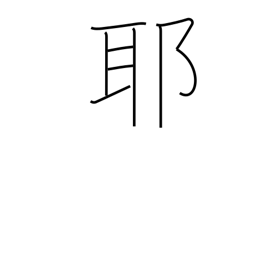
Meaning: question mark